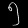
Digit: ၅